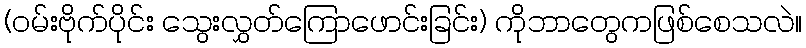
(ဝမ်းဗိုက်ပိုင်း သွေးလွှတ်ကြောဖောင်းခြင်း) ကိုဘာတွေကဖြစ်စေသလဲ။